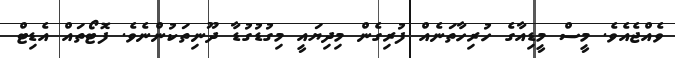
ވެއްޖެއެވެ. މީސް މީޑިއާގެ ހުރިހާތަނެއް ފުރިގެން މިދިޔައީ މިގުޑުގުޑާ ދޫނިތަކުންނެވެ. ފޮޓޯތައް އެޑިޓް